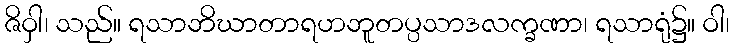
ဇိဝှါ၊ သည်။ ရသာဘိဃာတာရဟဘူတပ္ပသာဒလက္ခဏာ၊ ရသာရုံ၌။ ဝါ၊